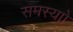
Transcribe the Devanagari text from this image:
समस्याो